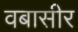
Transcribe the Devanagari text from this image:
वबासीर